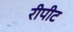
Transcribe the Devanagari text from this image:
रीपीट